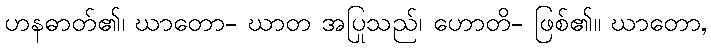
ဟနဓာတ်၏၊ ဃာတော- ဃာတ အပြုသည်၊ ဟောတိ- ဖြစ်၏။ ဃာတော,